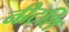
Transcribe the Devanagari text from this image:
नीटशि